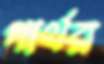
পার্থর